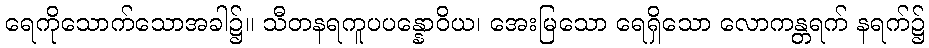
ရေကိုသောက်သောအခါ၌။ သီတနရကူပပန္နောဝိယ၊ အေးမြသော ရေရှိသော လောကန္တရက် နရက်၌